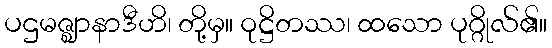
ပဌမဇ္ဈာနာဒီဟိ၊ တို့မှ။ ဝုဋ္ဌိတဿ၊ ထသော ပုဂ္ဂိုလ်၏။